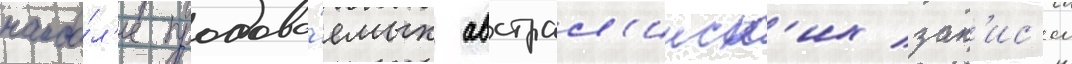
наибо́л'ее продава́емых австрал'ииск'их зап'ис'еи